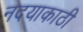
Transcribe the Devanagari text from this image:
नदयाकाठी